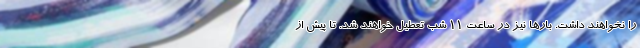
را نخواهند داشت. بارها نیز در ساعت 11 شب تعطیل خواهند شد. تا پیش از